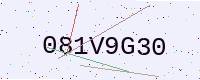
Text: 081V9G30